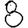
Digit: 8